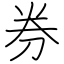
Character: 券